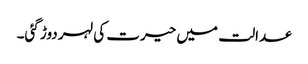
عدالت میں حیرت کی لہر دوڑ گئی۔